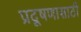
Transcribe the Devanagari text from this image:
प्रदूषणासाठी